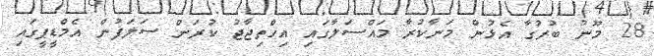
28 މޫނު ބުރުގާ އެޅުން މަނާކުރާ މައްސަލާގައި އިހްތިޖާޖު ކުރަން ސަލަފުން އެމްޑީޕީގައި